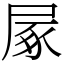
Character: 㞘